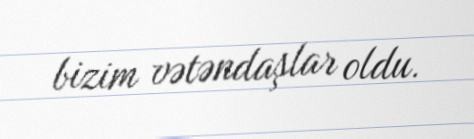
bizim vətəndaşlar oldu.